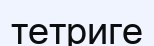
тетриге